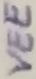
Text: VEE